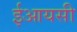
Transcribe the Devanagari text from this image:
ईआयसी